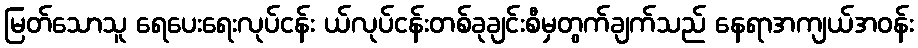
မြတ်သောသူ ရေပေးရေးလုပ်ငန်း ယ်လုပ်ငန်းတစ်ခုချင်းစီမှတွက်ချက်သည် နေရာအကျယ်အဝန်း